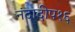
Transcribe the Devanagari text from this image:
नंदादीप१६